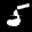
Label: 5